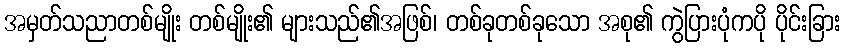
အမှတ်သညာတစ်မျိုး တစ်မျိုး၏ များသည်၏အဖြစ်၊ တစ်ခုတစ်ခုသော အစု၏ ကွဲပြားပုံကပို ပိုင်းခြား